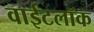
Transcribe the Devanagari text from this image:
वाईटलॉक